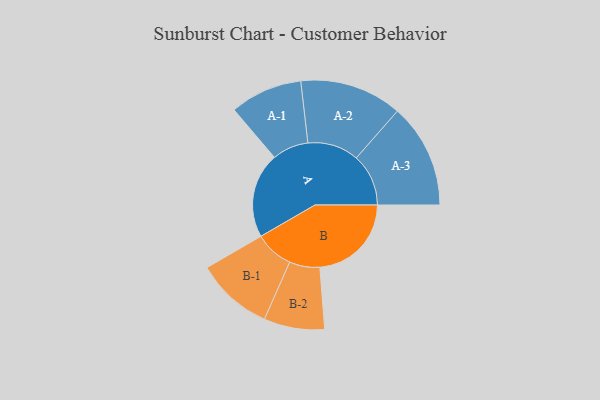
{"axis": {"x": "Segment", "y": "Value"}, "legend": ["", "A", "B"], "data": [{"x": "A", "y": 433, "type": ""}, {"x": "B", "y": 465, "type": ""}, {"x": "A-1", "y": 184, "type": "A"}, {"x": "A-2", "y": 260, "type": "A"}, {"x": "A-3", "y": 265, "type": "A"}, {"x": "B-1", "y": 196, "type": "B"}, {"x": "B-2", "y": 154, "type": "B"}]}